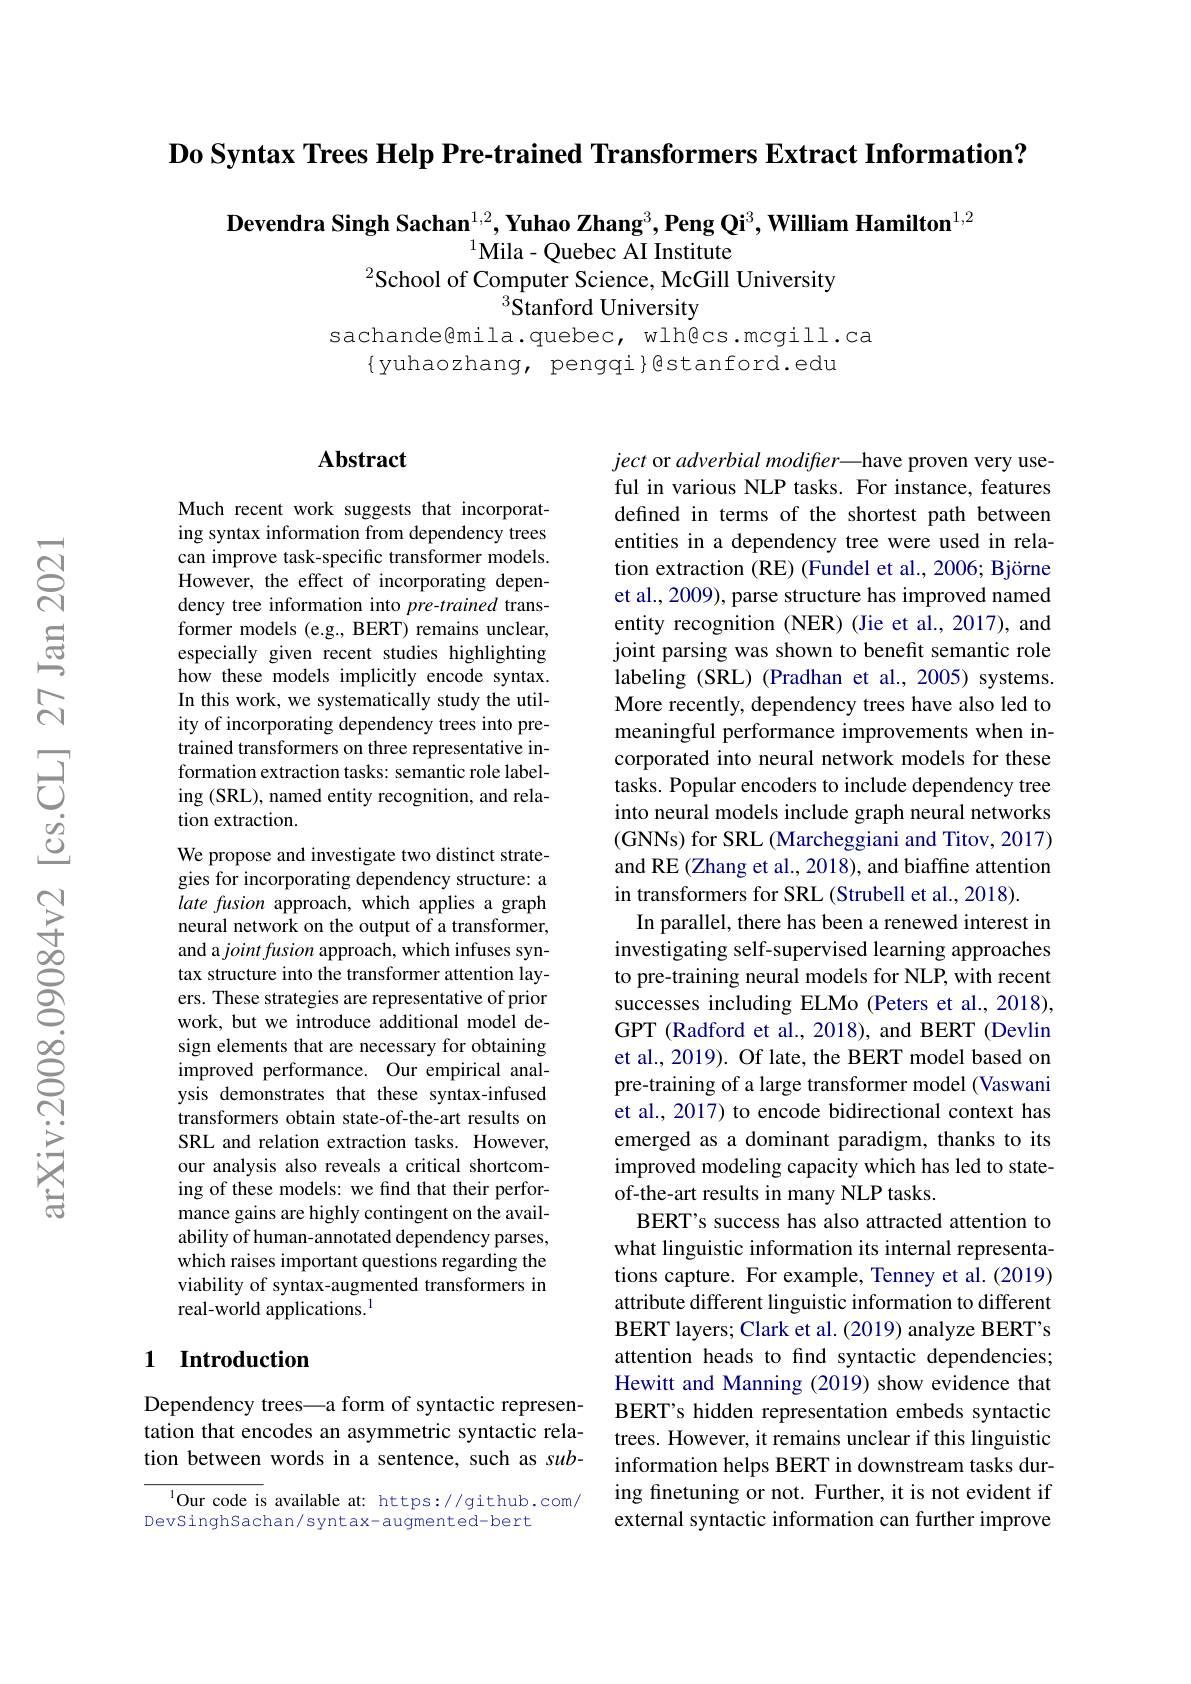
Do Syntax Trees Help Pre-trained Transformers Extract Information?

Devendra Singh Sachan$^{1,2},\textbf{YuhaoZhang}^3,\textbf{PengQi}^3,\textbf{WilliamHamilton}^{1,2}$
$^{1}$Mila- Quebec AI Institute
$^{2}$School of Computer Science, McGill University
$^{3}{\hat{\text{Stanford University}}}$

sachande@mila.quebec, wlh@cs.mcgill.ca

$\{$yuhaozhang, pengqi}gstanford.edu

### $\mathbf{Abstract}$

Much recent work suggests that incorporating syntax information from dependency trees can improve task-specific transformer models. However, the effect of incorporating dependency tree information into pre-trained transformer models (e.g., BERT) remains unclear, especially given recent studies highlighting how these models implicitly encode syntax. In this work, we systematically study the utility of incorporating dependency trees into pretrained transformers on three representative information extraction tasks: semantic role labeling (SRL), named entity recognition, and relation extraction.
We propose and investigate two distinct strategies for incorporating dependency structure: a late fusion approach, which applies a graph neural network on the output of a transformer, and a $joint\textit{fusion approach, which infuses syn- }$ tax structure into the transformer attention layers. These strategies are representative of prior work, but we introduce additional model design elements that are necessary for obtaining improved performance. Our empirical analysis demonstrates that these syntax-infused transformers obtain state-of-the-art results on SRL and relation extraction tasks. However, our analysis also reveals a critical shortcoming of these models: we find that their performance gains are highly contingent on the availability of human-annotated dependency parses, which raises important questions regarding the viability of syntax-augmented transformers in real-world applications.$^{1}$

## 1 Introduction

Dependency trees—a form of syntactic representation that encodes an asymmetric syntactic relation between words in a sentence, such as sub-

$^{1}$Our code is available at: https://github.com/
DevSinghSachan/ syntax- augmented-bert

ject or adverbial modifter—have proven very useful in various NLP tasks. For instance, features defined in terms of the shortest path between entities in a dependency tree were used in relation extraction (RE) (Fundel et al., 2006; Björne et al., 2009), parse structure has improved named entity recognition (NER) (Jie et al., 2017), and joint parsing was shown to benefit semantic role labeling (SRL) (Pradhan et al., 2005) systems. More recently, dependency trees have also led to meaningful performance improvements when incorporated into neural network models for these tasks. Popular encoders to include dependency tree into neural models include graph neural networks (GNNs) for SRL (Marcheggiani and Titov, 2017) and RE (Zhang et al., 2018), and biaffine attention in transformers for SRL (Strubell et al., 2018).
In parallel, there has been a renewed interest in investigating self-supervised learning approaches to pre-training neural models for NLP, with recent successes including ELMo (Peters et al.,2018), GPT (Radford et al., 2018), and BERT (Devlin et al., 2019). Of late, the BERT model based on pre-training of a large transformer model (Vaswani et al., 2017) to encode bidirectional context has emerged as a dominant paradigm, thanks to its improved modeling capacity which has led to stateof-the-art results in many NLP tasks.
BERT's success has also attracted attention to what linguistic information its internal representations capture. For example, Tenney et al. (2019) attribute different linguistic information to different BERT layers; Clark et al. (2019) analyze BERT's attention heads to find syntactic dependencies; Hewitt and Manning (2019) show evidence that BERT's hidden representation embeds syntactic trees. However, it remains unclear if this linguistic information helps BERT in downstream tasks during finetuning or not. Further, it is not evident if external syntactic information can further improve